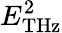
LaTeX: E_{\mathrm{THz}}^{2}